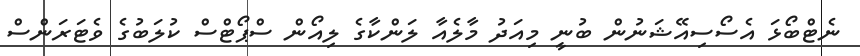
ނެޓްބޯޅަ އެސޯސިއޭޝަނުން ބުނީ މިއަދު މާލެއާ ލަންކާގެ ލިއޯން ސްޕޯޓްސް ކުލަބުގެ ވެޓަރަންސް